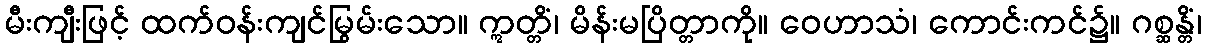
မီးကျီးဖြင့် ထက်ဝန်းကျင်မြွမ်းသော။ ဣတ္တိံ၊ မိန်းမပြိတ္တာကို။ ဝေဟာသံ၊ ကောင်းကင်၌။ ဂစ္ဆန္တိံ၊